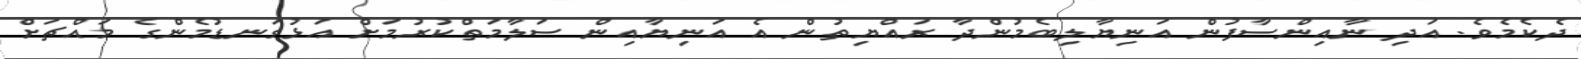
ދެކެމެވެ. އަދި ނާއިންސާފުން އަނިޔާލިބެމުންދާ ރައްޔިތުން އެ އަނިޔާއިން ސަލާމަތްކުރުމަށް އަޅުގަނޑުމެންގެ މައްޗަށް